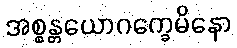
အစ္စန္တယောဂက္ခေမိနော